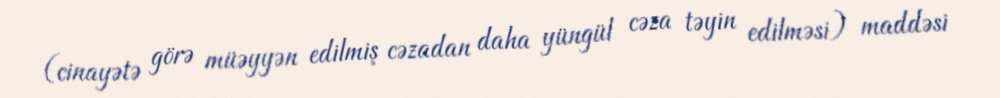
(cinayətə görə müəyyən edilmiş cəzadan daha yüngül cəza təyin edilməsi) maddəsi